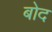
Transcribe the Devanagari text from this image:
बोद